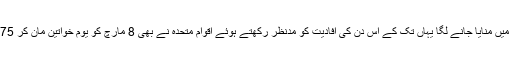
وقت کے ساتھ ساتھ یہ دن ساری دنیا میں منایا جانے لگا یہاں تک کے اس دن کی افادیت کو مدنظر رکھتے ہوئے اقوام متحدہ نے بھی 8 مارچ کو یوم خواتین مان کر 1975 میں اپنے کیلنڈر میں شامل کرلیا۔